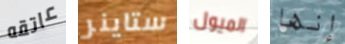
عاتقه ستاينر الميول إنها